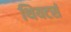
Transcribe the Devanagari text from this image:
थियटर्स